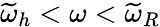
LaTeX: \widetilde{\omega}_{h}<\omega<\widetilde{\omega}_{R}